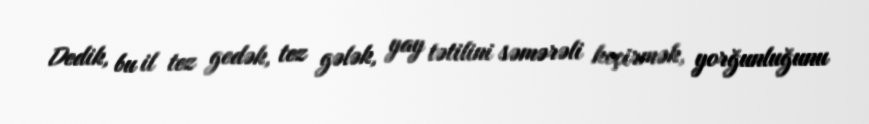
Dedik, bu il tez gedək, tez gələk, yay tətilini səmərəli keçirmək, yorğunluğunu